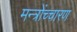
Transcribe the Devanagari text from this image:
मन्त्रोंच्चारण